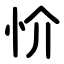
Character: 忦